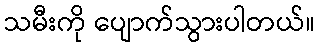
သမီးကို ပျောက်သွားပါတယ်။